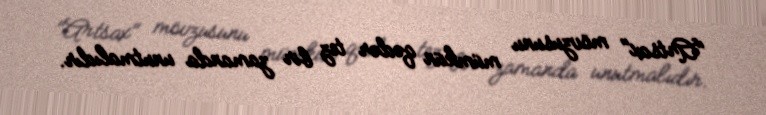
"Artsax" mövzusunu mümkün qədər tez bir zamanda unutmalıdır.